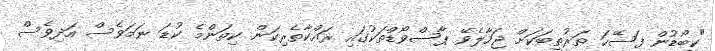
"ކީބޯޑުން ފަސޭހަ ތަރުތީބަކަށް ޖަހާލެވޭ ޕާސްވޯޑްތަކުގައި ރައްކާތެރިކަން ކިތަންމެ ކުޑަ ނަމަވެސް އަދިވެސް